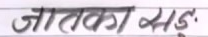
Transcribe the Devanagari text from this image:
जातवका सङ्कः